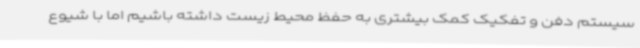
سیستم دفن و تفکیک کمک بیشتری به حفظ محیط زیست داشته باشیم اما با شیوع